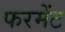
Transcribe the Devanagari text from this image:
फरमेंट